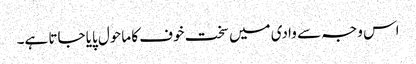
اس وجہ سے وادی میں سخت خوف کا ماحول پایا جاتا ہے۔